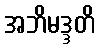
အဘိမဒ္ဒတိ